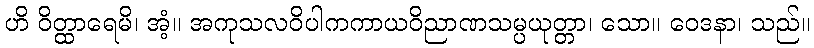
ဟိ ဝိတ္ထာရေမိ၊ အံ့။ အကုသလဝိပါကကာယဝိညာဏသမ္ပယုတ္တာ၊ သော။ ဝေဒနာ၊ သည်။